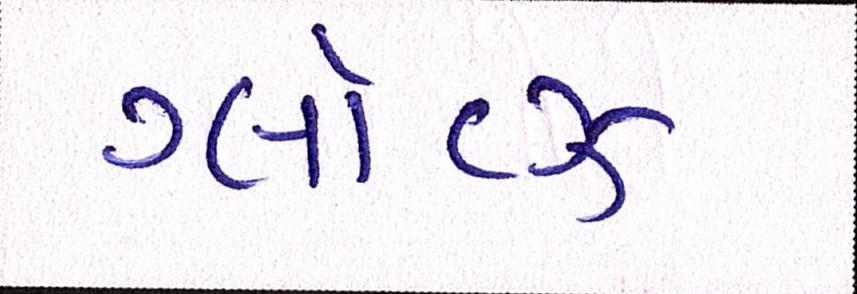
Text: ગ્લૉવ્ઝ